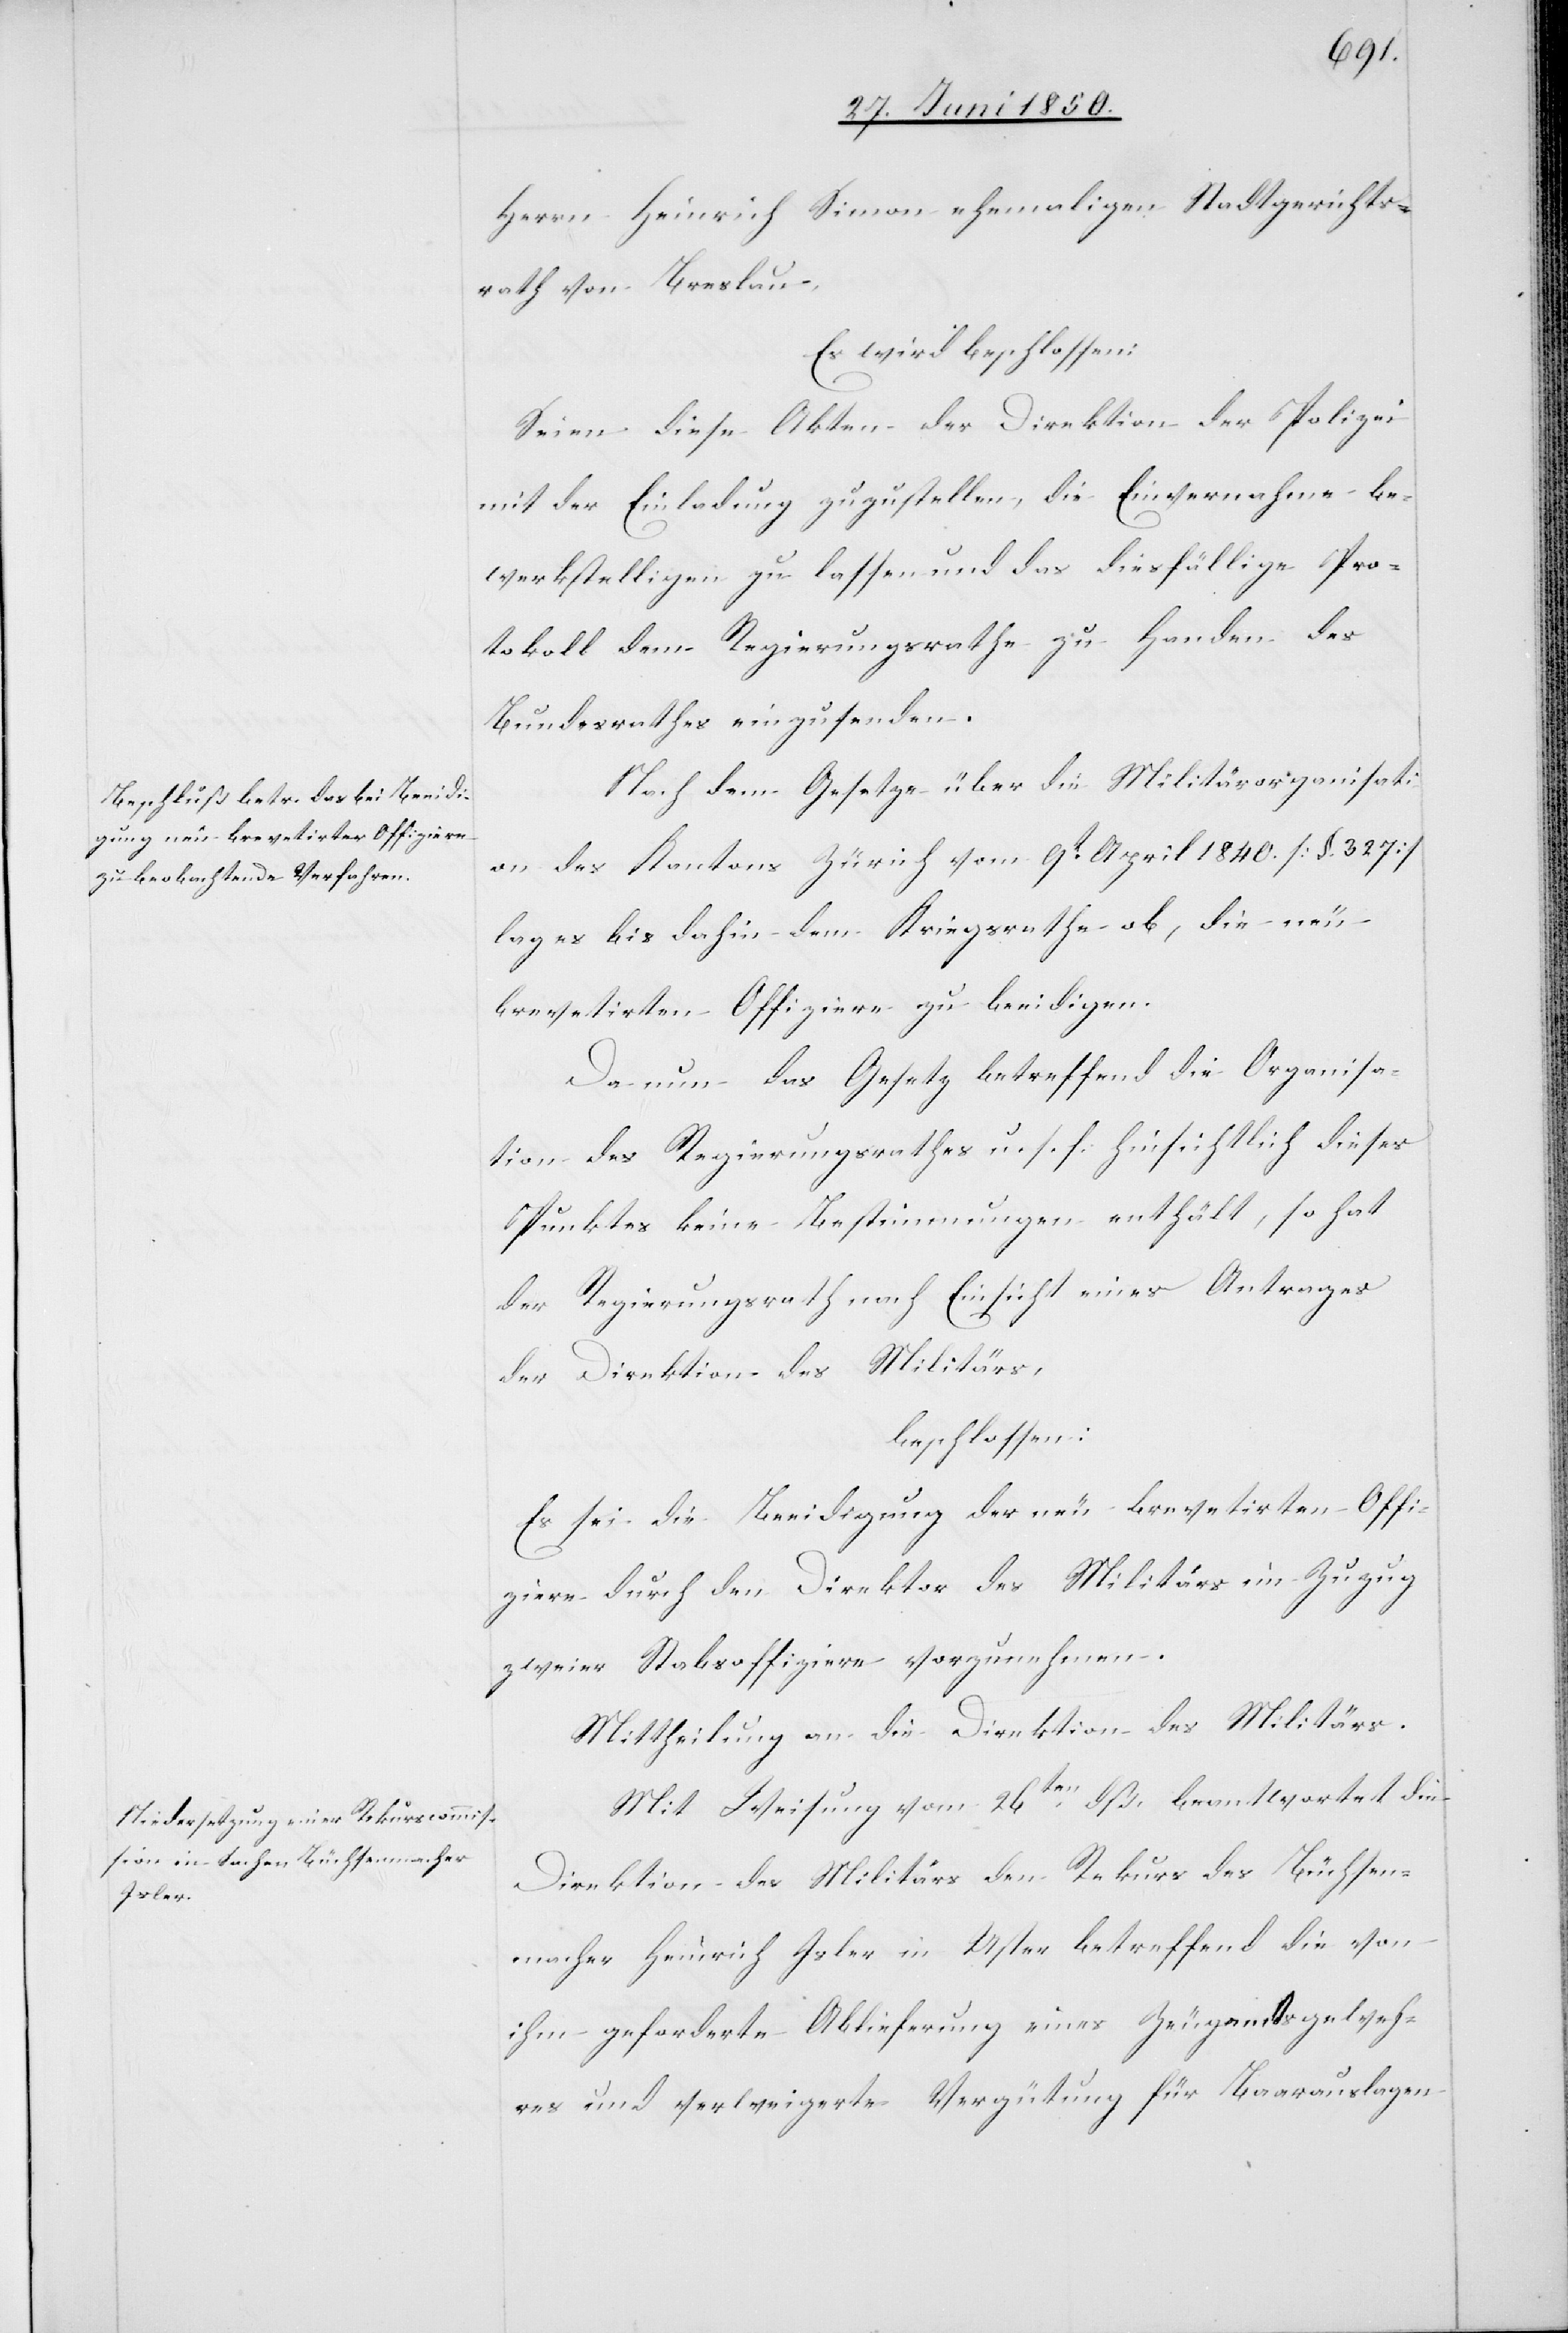
Herrn Heinrich Simon ehemaligen Stadtgerichts¬
rath von Breslau.
Es wird beschlossen:
Seien diese Akten der Direktion der Polizei
mit der Einladung zuzustellen, die Einvernahme be¬
werkstelligen zu lassen und das diesfällige Pro¬
tokoll dem Regierungsrathe zu Handen des
Bundesrathes einzusenden.
Nach dem Gesetze über die Militärorganisati¬
on des Kantons Zürich vom 9t April 1840. [§. 327]
lag es bis dahin dem Kriegsrathe ob, die neu
brevetirten Offiziere zu beeidigen.
Da nun das Gesetz betreffend die Organisa¬
tion des Regierungsrathes u. s. f. hinsichtlich dieses
Punktes keine Bestimmungen enthält, so hat
der Regierungsrath nach Einsicht eines Antrages
der Direktion des Militärs,
beschlossen:
Es sei die Beeidigung der neu brevetirten Offi¬
ziere durch den Direktor des Militärs im Zuzug
zweier Stabsoffiziere vorzunehmen.
Mit Weisung vom 26ten dß. beantwortet die
Direktion des Militärs den Rekurs des Büchsen¬
macher Heinrich Isler in Uster betreffend die von
ihm geforderte Ablieferung eines Zeugamtsgeweh¬
res und verweigerte Vergütung für Baarauslagen